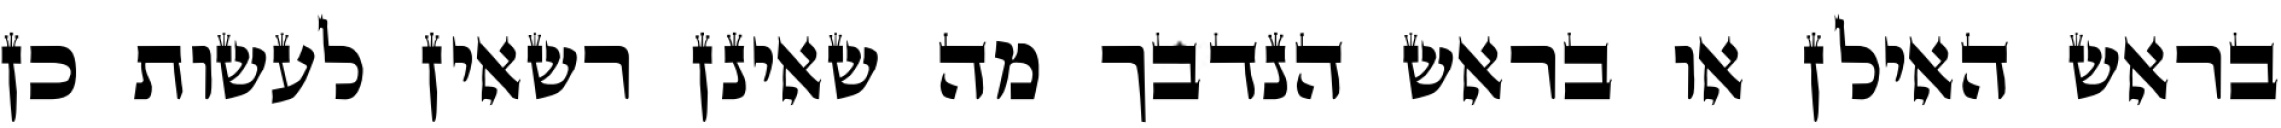
בראש האילן או בראש הנדבך מה שאינן רשאין לעשות כן